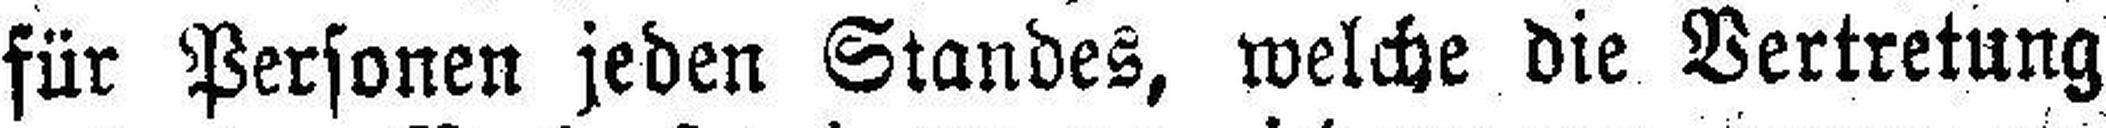
für Personen jeden Standes, welche die Vertretung